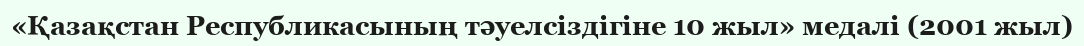
«Қазақстан Республикасының тәуелсіздігіне 10 жыл» медалі (2001 жыл)